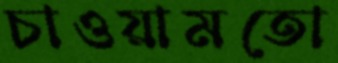
চাওয়ামতো